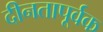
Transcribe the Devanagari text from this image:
दीनतापूर्वक